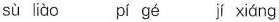
sù liào pí gé jí xiáng